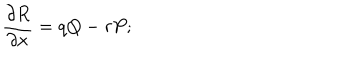
LaTeX: { \frac { \partial R } { \partial x } } = q Q - r P ;